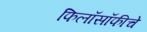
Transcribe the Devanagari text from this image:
फिलॉसॉफीचे